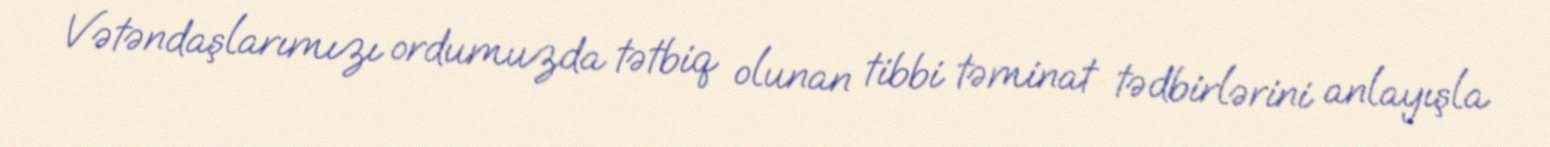
Vətəndaşlarımızı ordumuzda tətbiq olunan tibbi təminat tədbirlərini anlayışla